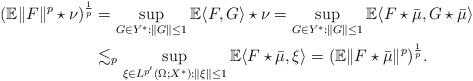
LaTeX: \begin{align*} (\mathbb E \|F\|^p \star \nu)^{\frac 1p} &= \sup_{G\in Y^*:\|G\|\leq 1} \mathbb E \langle F, G\rangle\star \nu = \sup_{G\in Y^*:\|G\|\leq 1} \mathbb E \langle F \star \bar{\mu}, G \star \bar{\mu}\rangle\\ &\lesssim_{p} \sup_{\xi \in L^{p'}(\Omega; X^*):\|\xi\|\leq 1} \mathbb E\langle F \star \bar{\mu},\xi\rangle = (\mathbb E \|F\star \bar{\mu}\|^p)^{\frac 1p}.\end{align*}